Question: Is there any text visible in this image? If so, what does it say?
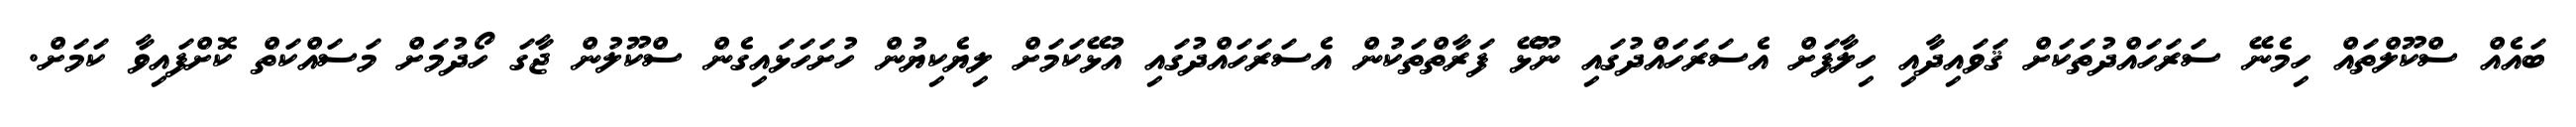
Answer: ބައެއް ސްކޫލްތައް ހިމެނޭ ސަރަހައްދުތަކަށް ޤަވައިދާއި ހިލާފަށް އެސަރަހައްދުގައި ނޫޅޭ ފަރާތްތަކުން އެސަރަހައްދުގައި އުޅޭކަމަށް ލިޔެކިޔުން ހުށަހަޅައިގެން ސްކޫލުން ޖާގަ ހޯދުމަށް މަސައްކަތް ކޮށްފައިވާ ކަމަށް.